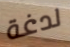
لدغة